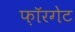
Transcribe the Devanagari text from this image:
फ़ॉरगेट